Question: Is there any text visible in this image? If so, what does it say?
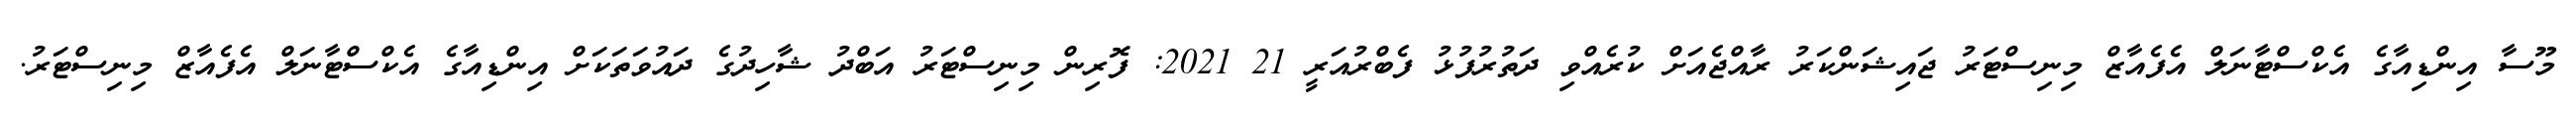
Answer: މޫސާ އިންޑިއާގެ އެކްސްޓާނަލް އެފެއާޒް މިނިސްޓަރު ޖައިޝަންކަރު ރާއްޖެއަށް ކުރެއްވި ދަތުރުފުޅު ފެބްރުއަރީ 21 2021: ފޮރިން މިނިސްޓަރު އަބްދު ޝާހިދުގެ ދައުވަތަކަށް އިންޑިއާގެ އެކްސްޓާނަލް އެފެއާޒް މިނިސްޓަރު.